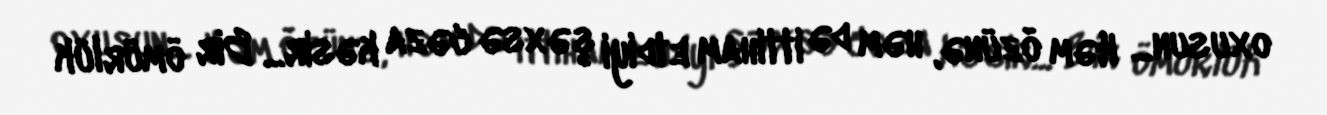
oxusun... Həm özünə, həm də ittiham etdiyi şəxsə cəza kəsir... Bir ömürlük